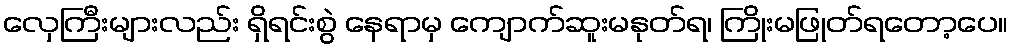
လှေကြီးများလည်း ရှိရင်းစွဲ နေရာမှ ကျောက်ဆူးမနုတ်ရ၊ ကြိုးမဖြုတ်ရတော့ပေ။